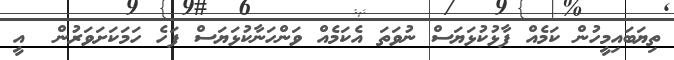
ތިޔަބައިމީހުން ކަމެއް ފާޅުކުޅަޔަސް ނުވަތަ އެކަމެއް ވަންހަނާކުޅަޔަސް ފަހެ ހަމަކަށަވަރުން  އީ